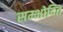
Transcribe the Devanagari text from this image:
सम्भोदित